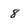
Character: 8